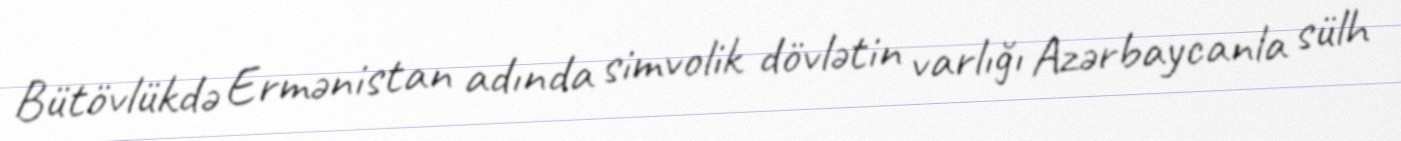
Bütövlükdə Ermənistan adında simvolik dövlətin varlığı Azərbaycanla sülh